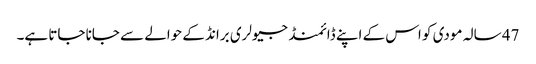
47 سالہ مودی کو اس کے اپنے ڈائمنڈ جیولری برانڈ کے حوالے سے جانا جاتا ہے۔